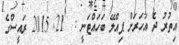
އިތުރު ދެ އަހަރަށް ޕިއްލޭ ބަހައްޓަނީ :  21